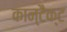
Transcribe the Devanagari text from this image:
कान्टैक्ट